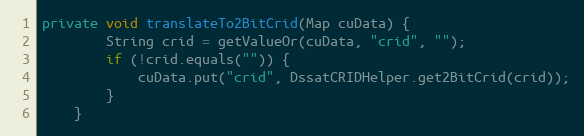
Language: Java
private void translateTo2BitCrid(Map cuData) {
        String crid = getValueOr(cuData, "crid", "");
        if (!crid.equals("")) {
            cuData.put("crid", DssatCRIDHelper.get2BitCrid(crid));
        }
    }